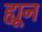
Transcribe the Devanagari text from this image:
ह्यून